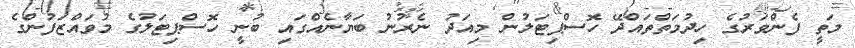
މަތީ ފެންވަރުގެ ހިދުމަތްތައްދޭ ހޮސްޕިޓަލުން މިއަދު ނެރުނު ބަޔާނެއްގައި ބުނީ ހޮސްޕިޓަލުގެ މުވައްޒަފުންގެ